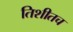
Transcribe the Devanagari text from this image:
तिशीतच